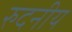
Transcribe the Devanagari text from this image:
रुदनीय